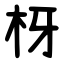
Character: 枒